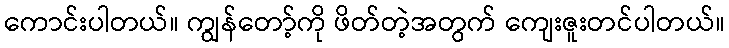
ကောင်းပါတယ်။ ကျွန်တော့်ကို ဖိတ်တဲ့အတွက် ကျေးဇူးတင်ပါတယ်။